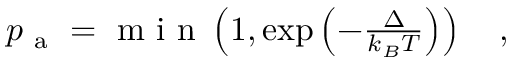
\begin{array} { r } { p _ { \mathrm { ~ a ~ } } = \mathrm { ~ m ~ i ~ n ~ } \left( 1 , \exp \left( - \frac { \Delta } { k _ { B } T } \right) \right) \quad , } \end{array}